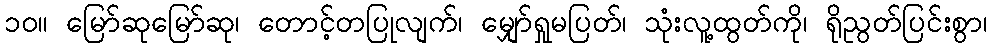
၁၀။ မြော်ဆုမြော်ဆု၊ တောင့်တပြုလျက်၊ မျှော်ရှုမပြတ်၊ သုံးလူ့ထွတ်ကို၊ ရိုညွတ်ပြင်းစွာ၊